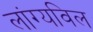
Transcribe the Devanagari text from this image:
लांग्यविल